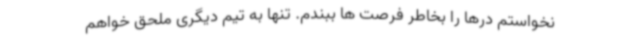
نخواستم درها را بخاطر فرصت ها ببندم. تنها به تیم دیگری ملحق خواهم